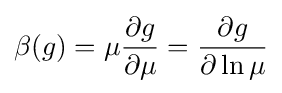
\beta (g)=\mu {\frac {\partial g}{\partial \mu }}={\frac {\partial g}{\partial \ln \mu }}